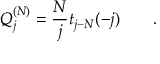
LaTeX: Q _ { j } ^ { ( N ) } = \frac { N } { j } t _ { j - N } ( - j ) \qquad .